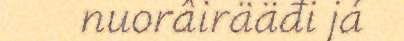
nuorâirääđi já